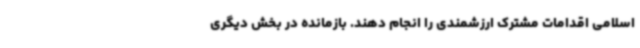
اسلامی اقدامات مشترک ارزشمندی را انجام دهند. بازمانده در بخش دیگری